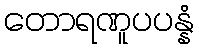
တောရဏူပပန္နံ